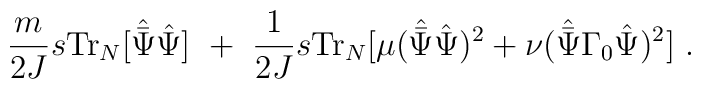
\frac{m}{2J} s{\rm Tr}_N [{\hat{\bar \Psi}}{\hat \Psi}]\ +\ \frac{1}{2J} s{\rm Tr}_N [\mu ({\hat{\bar\Psi}}{\hat\Psi})^2 +\nu ({\hat{\bar\Psi}}\Gamma_0 {\hat\Psi})^2 ]\ .